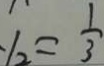
y _ { 2 } = \frac { 1 } { 3 }